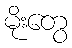
မိုးတွေ